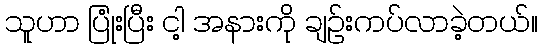
သူဟာ ပြုံးပြီး ငါ့ အနားကို ချဉ်းကပ်လာခဲ့တယ်။